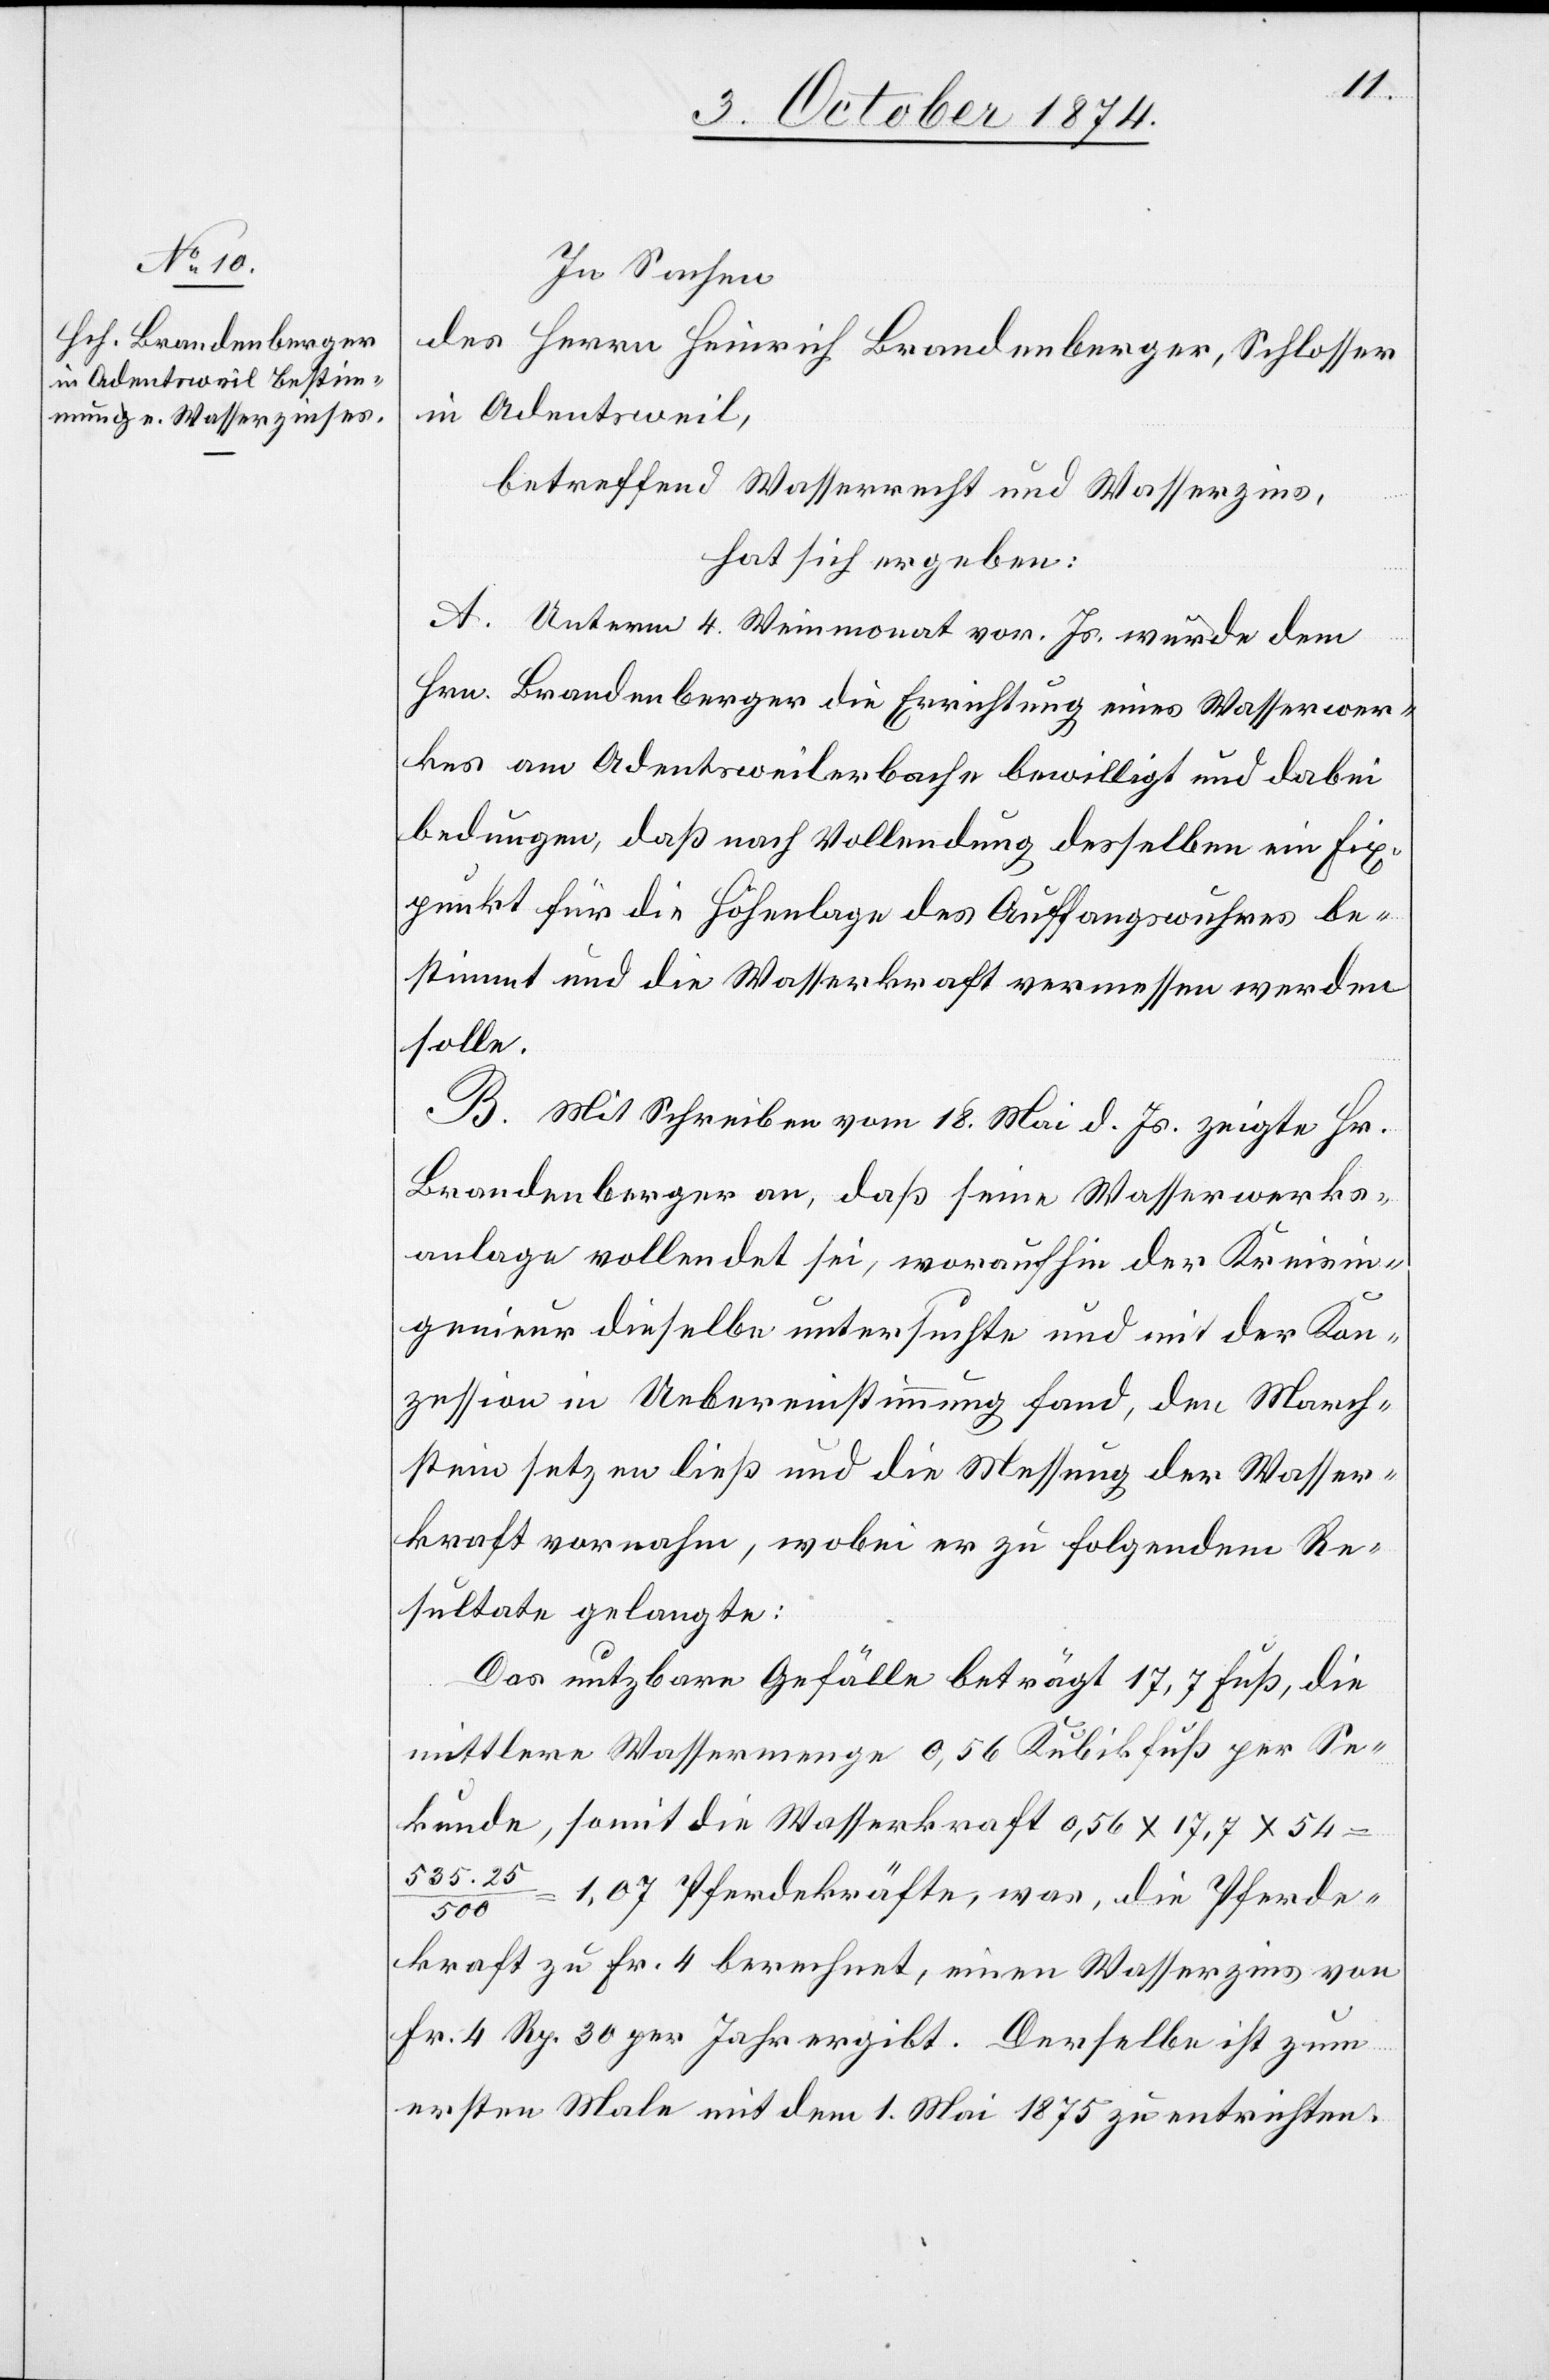
In Sachen
des Herrn Heinrich Brandenberger, Schlosser
in Adentsweil,
betreffend Wasserrecht und Wasserzins,
hat sich ergeben:
A. Unterm 4. Weinmonat vor. Js. wurde dem
Hrn. Brandenberger die Errichtung eines Wasserwer¬
kes am Adentsweilerbache bewilligt und dabei
bedungen, daß nach Vollendung desselben ein Fix¬
punkt für die Höhenlage des Auffangswuhres be¬
stimmt und die Wasserkraft vermessen werden
solle.
B. Mit Schreiben vom 18. Mai d. Js. zeigte Hr.
Brandenberger an, daß seine Wasserwerks¬
anlage vollendet sei, woraufhin der Kreisin¬
genieur dieselbe untersuchte und mit der Kon¬
zession in Uebereinstimmung fand, den March¬
stein setzen ließ und die Messung der Wasser¬
kraft vornahm, wobei er zu folgendem Re¬
sultate gelangte:
Das nutzbare Gefälle beträgt 17,7 Fuß, die
mittlere Wassermenge 0,56 Kubikfuß per Se¬
kunde, somit die Wasserkraft 0,56 x 17,7 x 54
535.25/500 = 1,07 Pferdekräfte, was, die Pferde¬
kraft zu Fr. 4 berechnet, einen Wasserzins von
Fr. 4 Rp. 30 per Jahr ergibt. Derselbe ist zum
ersten Male mit dem 1. Mai 1875 zu entrichten.